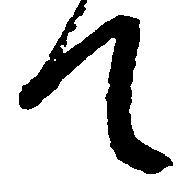
て